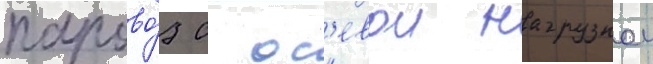
парово́з с ос'евои нагрузкои